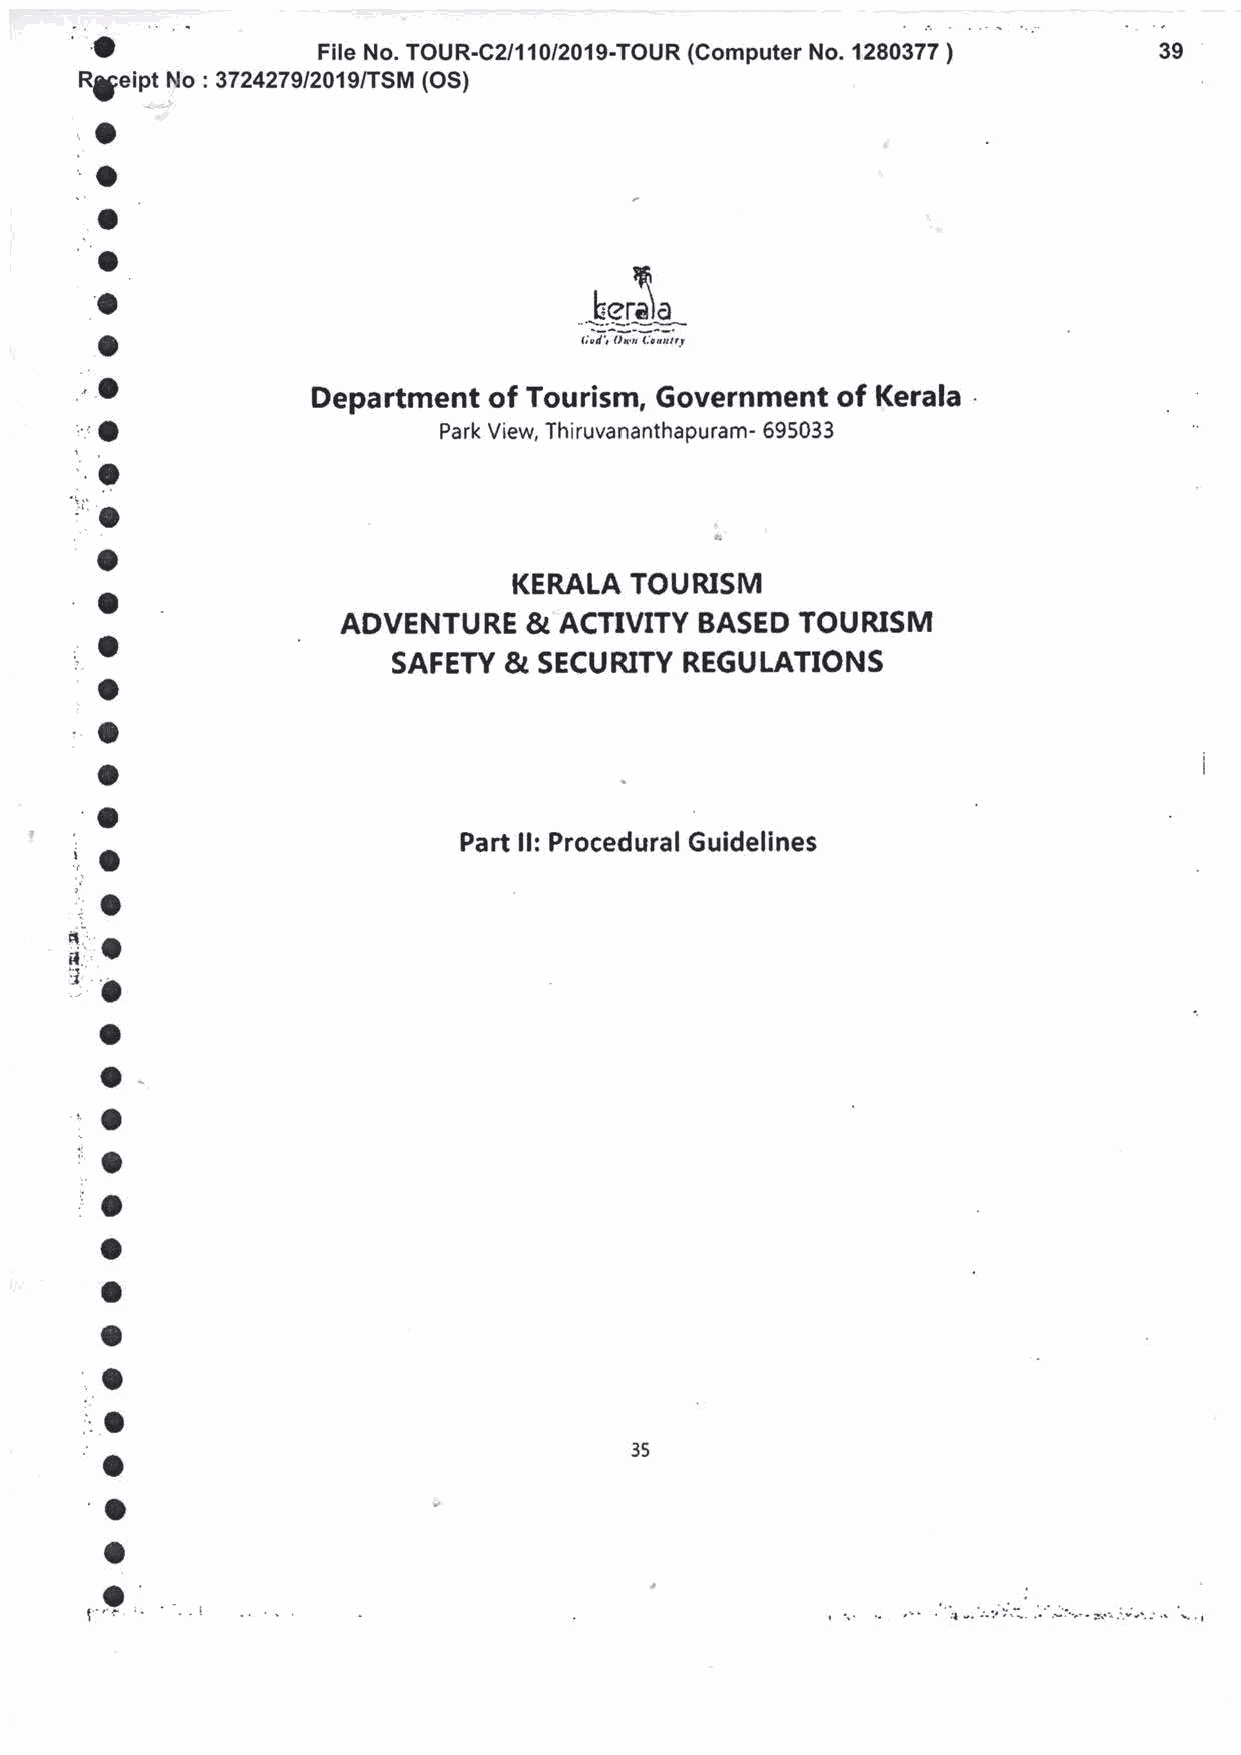
h
 kera)a
 ,;;f:ffiff
 Department of Tourism, Government of Kerala
 .
 Park View, Thiruvananthapuram- 695033
 L
 KERALA  TOURISM
 ADVENTURE   & ACTIVTTY BASED  TOURISM
 SAFEW  &  SECURITY REGULATIONS
 Part l!: Procedural Guidelines
 35
 o
 o
 t'"I